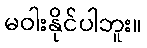
မဝါးနိုင်ပါဘူး။